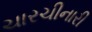
ચારચીનારી